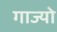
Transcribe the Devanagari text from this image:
गाज्यो